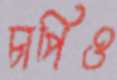
চাপিও